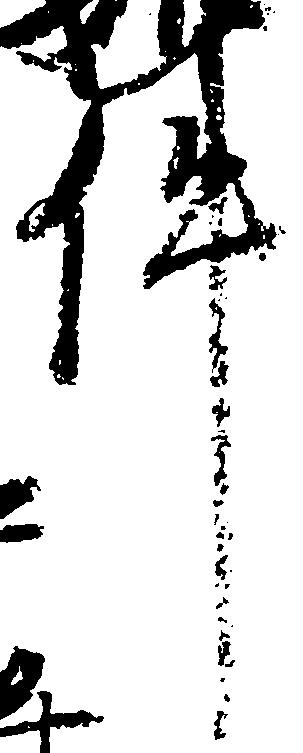
件